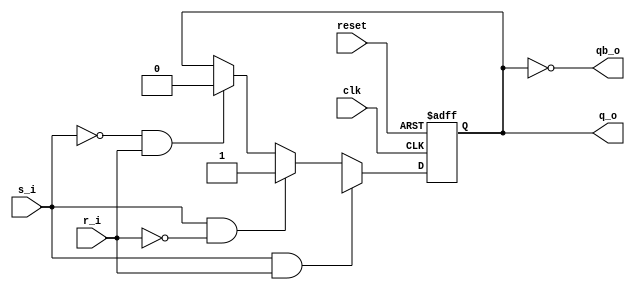
module sr_ff(clk,reset,s_i,r_i,q_o,qb_o);
input clk,reset,s_i,r_i;
output q_o,qb_o;
reg q_o;
always@ (posedge clk or negedge reset)
begin
	if (reset==0)
	  	 q_o <=0;
	else
	   begin
		if(s_i ==0 & r_i==0)
			q_o<=q_o;
		if(s_i ==0 & r_i==1)
       	 		q_o<=1'b0;
		if(s_i ==1 & r_i==0)
      	  		q_o<=1'b1;
		if(s_i ==1 & r_i==1)
       			 q_o<=1'bx;
       	 end
end  
assign qb_o =~ q_o;
endmodule